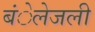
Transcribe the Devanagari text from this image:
बंेलेजली